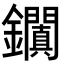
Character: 𨰎